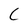
Character: C